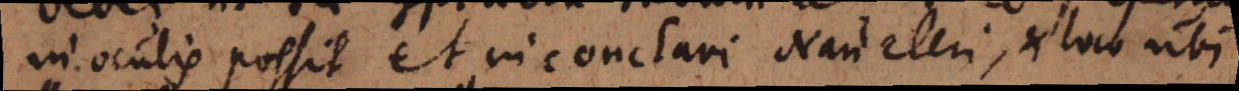
in oculis possit et in conclavi Naucleri, et loco ubi